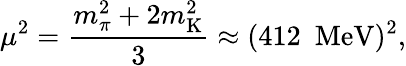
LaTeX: {\mu}^{2}=\frac{m_{\pi}^{2}+2m_{\mathrm{K}}^{2}}{3}\approx(412~~\mathrm{MeV})^{2},